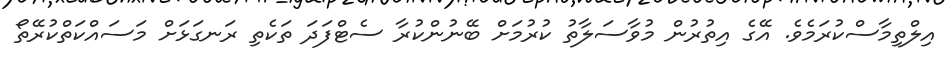
އިލްތިމާސްކުރަމެވެ. އޭގެ އިތުރުން މުވާސަލާތު ކުރުމަށް ބޭނުންކުރާ ސެޓްފަދަ ތަކެތި ރަނގަޅަށް މަސައްކަތްކުރޭތޯ